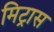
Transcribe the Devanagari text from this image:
मिट्रास